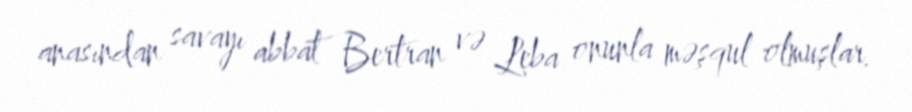
anasından savayı abbat Bertran və Leba onunla məşqul olmuşlar.